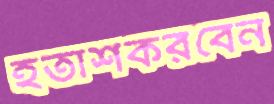
হতাশকরবেন